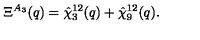
\Xi ^ { A _ { 3 } } ( q ) = \hat { \chi } _ { 3 } ^ { 1 2 } ( q ) + \hat { \chi } _ { 9 } ^ { 1 2 } ( q ) .